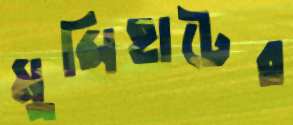
মুন্সিহাটের